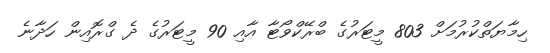
ހިމާޔަތްކުރުމަށް 803 މީޓަރުގެ ބްރޭކްވޯޓާ އާއި 90 މީޓަރުގެ ދެ ގްރޮއިން ހަދާނެ